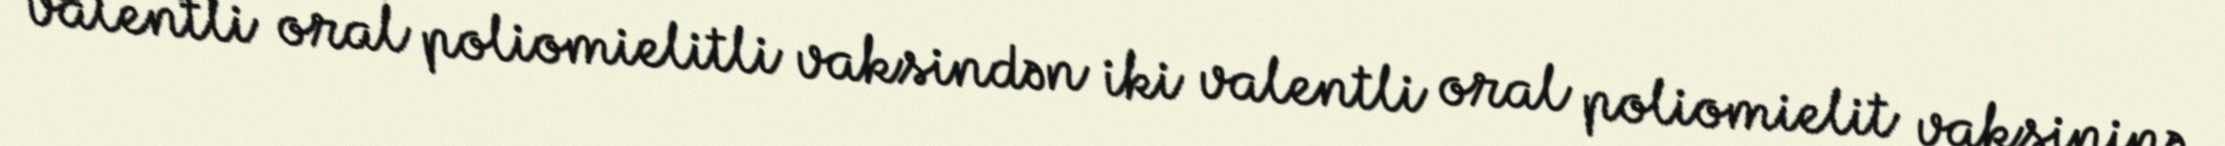
valentli oral poliomielitli vaksindən iki valentli oral poliomielit vaksininə